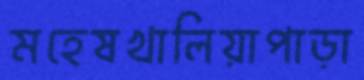
মহেষখালিয়াপাড়া